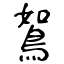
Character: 鴽